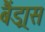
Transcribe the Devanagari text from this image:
बैंड्रास